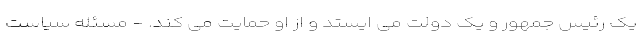
یک رئیس جمهور و یک دولت می ایستد و از او حمایت می کند. - مسئله سیاست